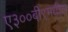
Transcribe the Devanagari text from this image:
ए३००बी९मधील